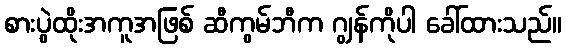
စားပွဲထိုးအကူအဖြစ် ဆီကွမ်ဘီက ဂျွန်ကိုပါ ခေါ်ထားသည်။